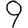
Digit: 9